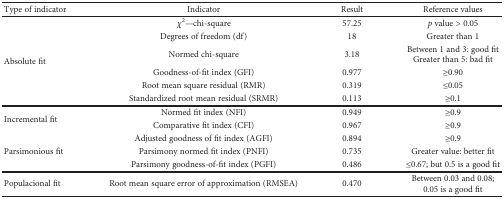
| Type of indicator | Indicator | Result | Reference values |
 | --- | --- | --- | --- |
 | <ROWSPAN=6> Absolute fit | χ2—chi-square | 57.25 | p value > 0.05 |
 | Degrees of freedom (df) | 18 | Greater than 1 |
 | Normed chi-square | 3.18 | Between 1 and 3: good fitGreater than 5: bad fit |
 | Goodness-of-fit index (GFI) | 0.977 | ≥0.90 |
 | Root mean square residual (RMR) | 0.319 | ≤0.05 |
 | Standardized root mean residual (SRMR) | 0.113 | ≥0.1 |
 | <ROWSPAN=2> Incremental fit | Normed fit index (NFI) | 0.949 | ≥0.9 |
 | Comparative fit index (CFI) | 0.967 | ≥0.9 |
 | <ROWSPAN=3> Parsimonious fit | Adjusted goodness of fit index (AGFI) | 0.894 | ≥0.9 |
 | Parsimony normed fit index (PNFI) | 0.735 | Greater value: better fit |
 | Parsimony goodness-of-fit index (PGFI) | 0.486 | ≤0.67; but 0.5 is a good fit |
 | Populacional fit | Root mean square error of approximation (RMSEA) | 0.470 | Between 0.03 and 0.08;0.05 is a good fit |